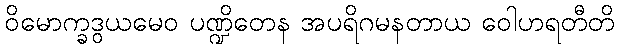
ဝိမောက္ခဒွယမေဝ ပဏ္ဍိတေန အပရိဂမနတာယ ဝေါဟရတီတိ